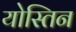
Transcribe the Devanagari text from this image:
योस्तिन